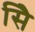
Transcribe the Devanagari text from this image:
सिे